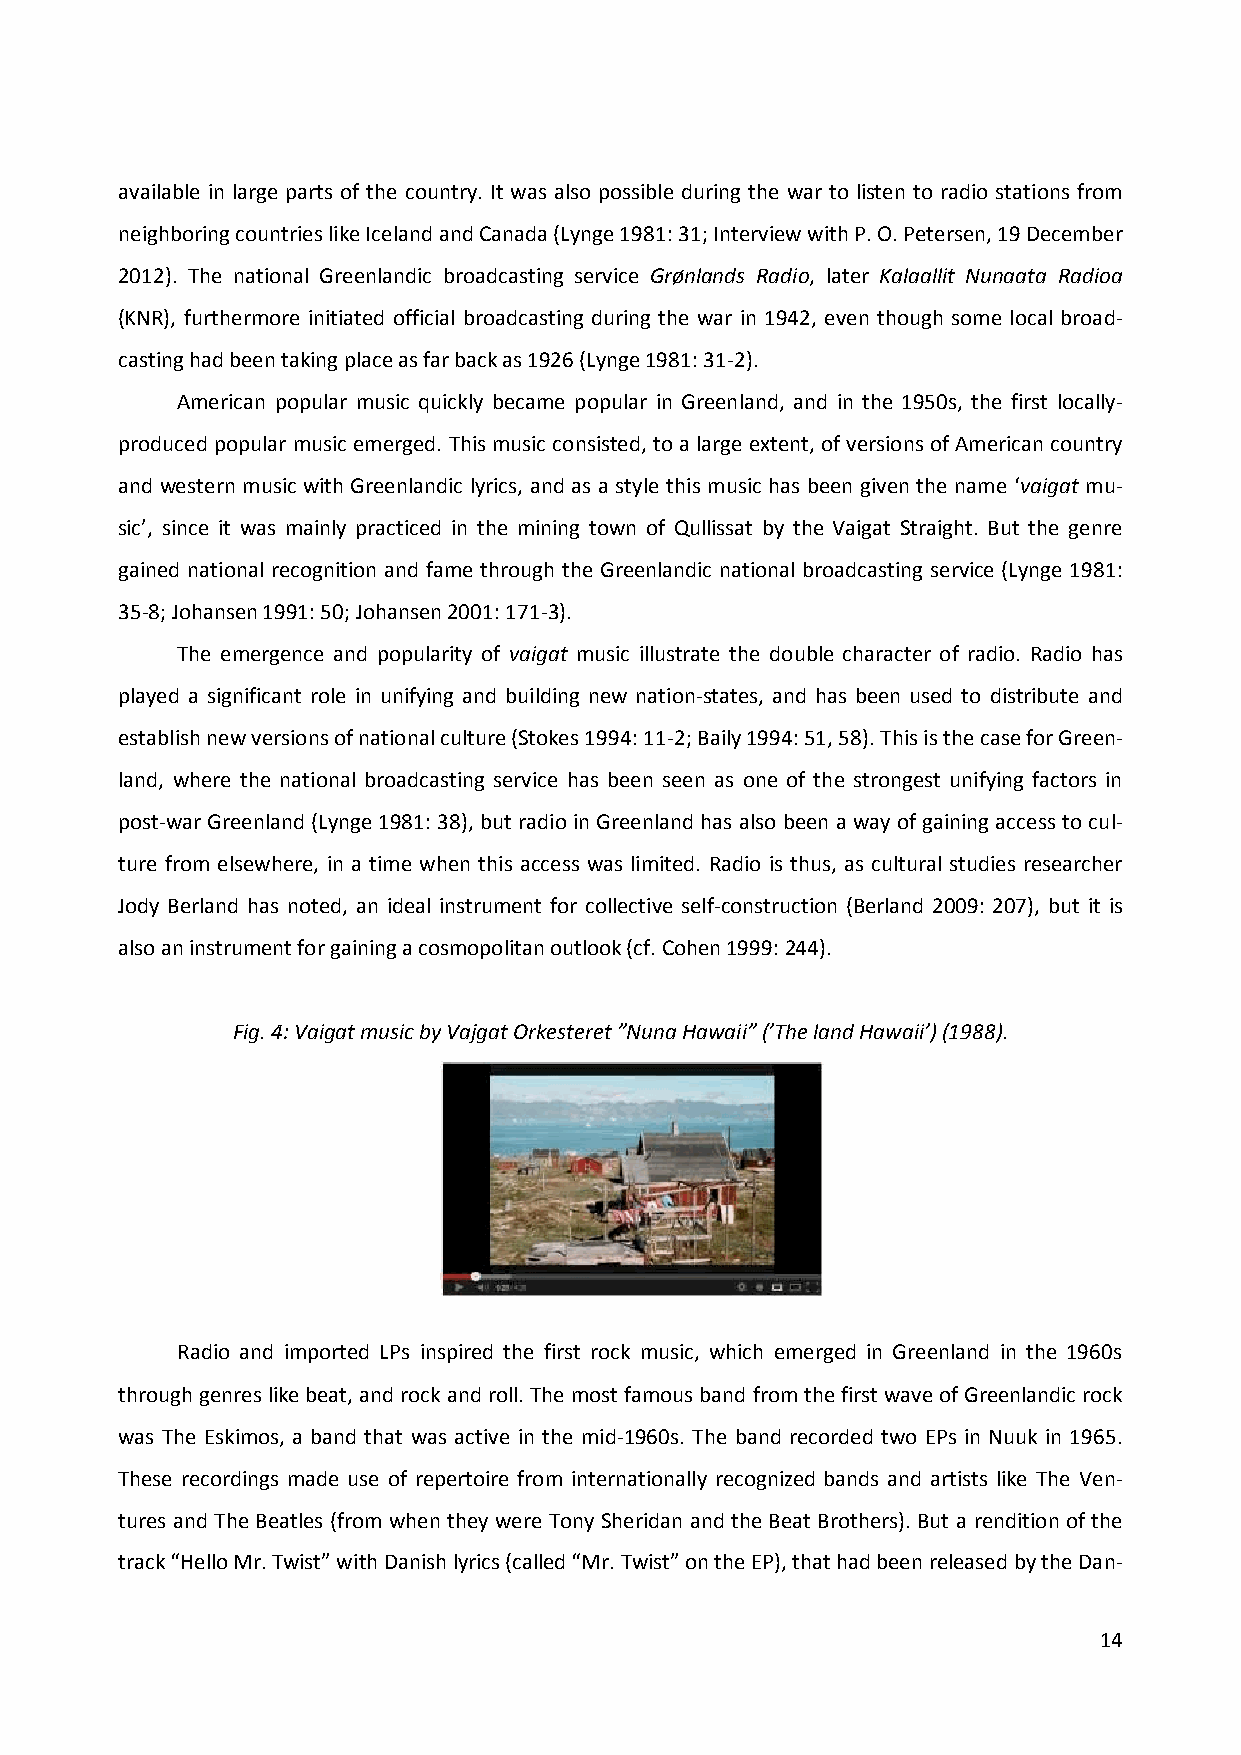
available in large parts of the country. It was also possible during the war to listen to radio stations from
 neighboring countries like Iceland and Canada (Lynge 1981: 31; Interview with P. O. Petersen, 19 December
 2012). The national Greenlandic broadcasting service Grønlands Radio, later Kalaallit Nunaata Radioa
 (KNR), furthermore initiated official broadcasting during the war in 1942, even though some local broad-
 casting had been taking place as far back as 1926 (Lynge 1981: 31-2).
 American popular music quickly became popular in Greenland, and in the 1950s, the first locally-
 produced popular music emerged. This music consisted, to a large extent, of versions of American country
 and western music with Greenlandic lyrics, and as a style this music has been given the name ‘vaigat mu-
 sic’, since it was mainly practiced in the mining town of Qullissat by the Vaigat Straight. But the genre
 gained national recognition and fame through the Greenlandic national broadcasting service (Lynge 1981:
 35-8; Johansen 1991: 50; Johansen 2001: 171-3).
 The emergence and popularity of vaigat music illustrate the double character of radio. Radio has
 played a significant role in unifying and building new nation-states, and has been used to distribute and
 establish new versions of national culture (Stokes 1994: 11-2; Baily 1994: 51, 58). This is the case for Green-
 land, where the national broadcasting service has been seen as one of the strongest unifying factors in
 post-war Greenland (Lynge 1981: 38), but radio in Greenland has also been a way of gaining access to cul-
 ture from elsewhere, in a time when this access was limited. Radio is thus, as cultural studies researcher
 Jody Berland has noted, an ideal instrument for collective self-construction (Berland 2009: 207), but it is
 also an instrument for gaining a cosmopolitan outlook (cf. Cohen 1999: 244).
 Fig. 4: Vaigat music by Vajgat Orkesteret ”Nuna Hawaii” (’The land Hawaii’) (1988).
 Radio and imported LPs inspired the first rock music, which emerged in Greenland in the 1960s
 through genres like beat, and rock and roll. The most famous band from the first wave of Greenlandic rock
 was The Eskimos, a band that was active in the mid-1960s. The band recorded two EPs in Nuuk in 1965.
 These recordings made use of repertoire from internationally recognized bands and artists like The Ven-
 tures and The Beatles (from when they were Tony Sheridan and the Beat Brothers). But a rendition of the
 track “Hello Mr. Twist” with Danish lyrics (called “Mr. Twist” on the EP), that had been released by the Dan-
 14